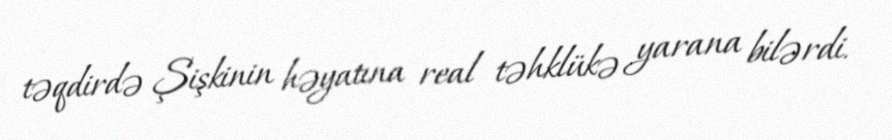
təqdirdə Şişkinin həyatına real təhklükə yarana bilərdi.